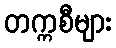
တက္ကစီများ